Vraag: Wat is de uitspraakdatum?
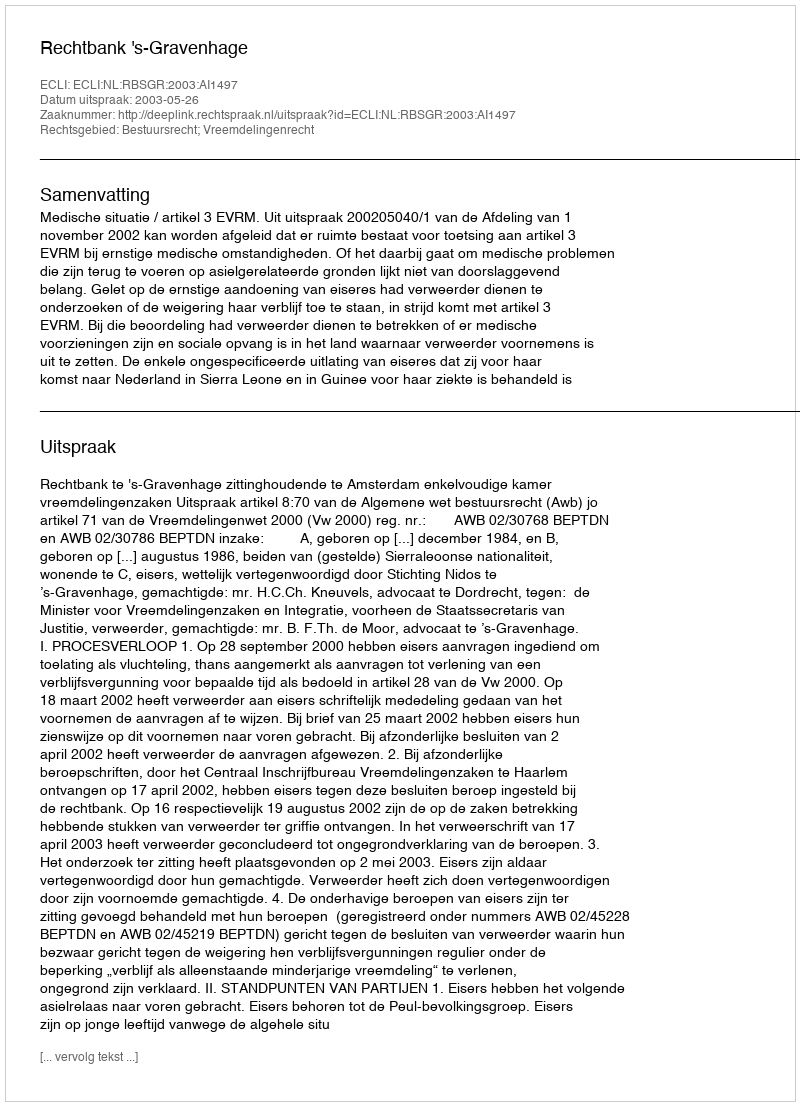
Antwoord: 2003-05-26